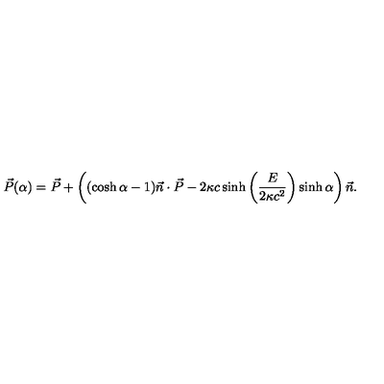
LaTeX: \vec { P } ( \alpha ) = \vec { P } + \left( ( \cosh \alpha - 1 ) \vec { n } \cdot \vec { P } - 2 \kappa c \sinh \left( \frac { E } { 2 \kappa c ^ { 2 } } \right) \sinh \alpha \right) \vec { n } .